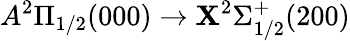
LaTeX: A^{2}\Pi_{1/2}(000)\rightarrow\mathbf{X}^{2}\Sigma_{1/2}^{+}(200)